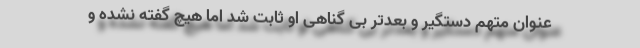
عنوان متهم دستگیر و بعدتر بی گناهی او ثابت شد اما هیچ گفته نشده و